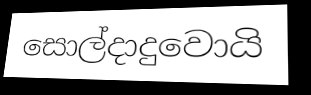
සොල්දාදුවොයි